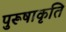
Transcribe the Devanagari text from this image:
पुरूषाकृति